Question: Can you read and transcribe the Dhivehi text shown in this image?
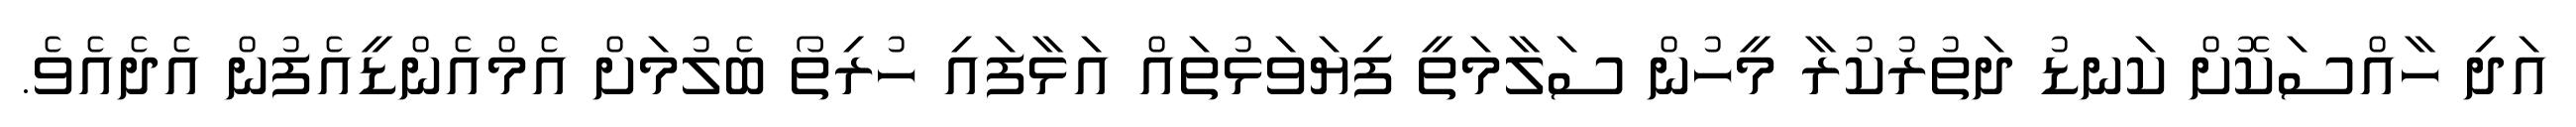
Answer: އަދި ހާއްސަކޮށް ކަނޑު ދަތުރުކުރާ މީހުން ސަލާމަތީ ފިޔަވަޅުތައް އަޅާފައި ހުރިތޯ ބެލުމަށް އެމްއެންޑީއެފުން އެދެއެވެ.